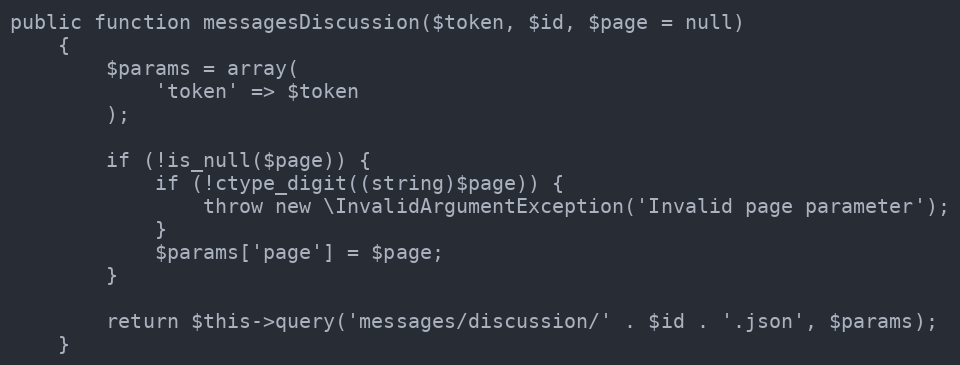
Language: PHP
public function messagesDiscussion($token, $id, $page = null)
    {
        $params = array(
            'token' => $token
        );

        if (!is_null($page)) {
            if (!ctype_digit((string)$page)) {
                throw new \InvalidArgumentException('Invalid page parameter');
            }
            $params['page'] = $page;
        }

        return $this->query('messages/discussion/' . $id . '.json', $params);
    }